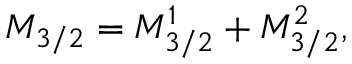
{ \cal M } _ { 3 / 2 } = { \cal M } _ { 3 / 2 } ^ { 1 } + { \cal M } _ { 3 / 2 } ^ { 2 } ,